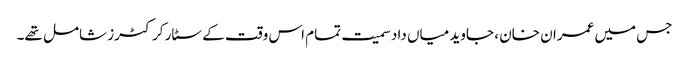
جس میں عمران خان ، جاوید میاں داد سمیت تمام اس وقت کے سٹار کرکٹرز شامل تھے۔